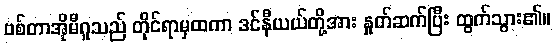
ဗစ်တာအိုမီဂူသည် တိုင်ရာမှထကာ ဒင်နီယယ်တို့အား နှုတ်ဆက်ပြီး ထွက်သွား၏။